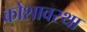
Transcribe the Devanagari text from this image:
कोशावस्था